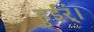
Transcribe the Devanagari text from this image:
हुईर्ं।